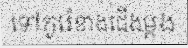
ទៅកូរ៉េខាងជើងម្តង